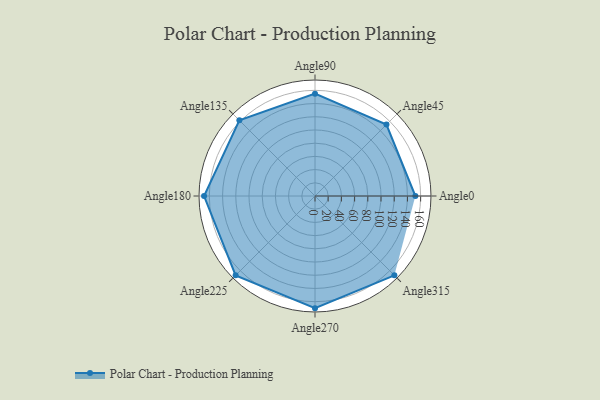
{"axis": {"x": "Angle", "y": "Radius"}, "legend": [""], "data": [{"x": "Angle0", "y": 152.0, "type": ""}, {"x": "Angle45", "y": 153.0, "type": ""}, {"x": "Angle90", "y": 155.0, "type": ""}, {"x": "Angle135", "y": 162.0, "type": ""}, {"x": "Angle180", "y": 168.0, "type": ""}, {"x": "Angle225", "y": 170, "type": ""}, {"x": "Angle270", "y": 170, "type": ""}, {"x": "Angle315", "y": 170, "type": ""}]}